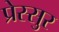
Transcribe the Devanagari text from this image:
प्रेस्सुर